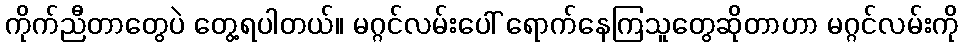
ကိုက်ညီတာတွေပဲ တွေ့ရပါတယ်။ မဂ္ဂင်လမ်းပေါ် ရောက်နေကြသူတွေဆိုတာဟာ မဂ္ဂင်လမ်းကို